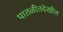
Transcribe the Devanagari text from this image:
पातळीतदेखील